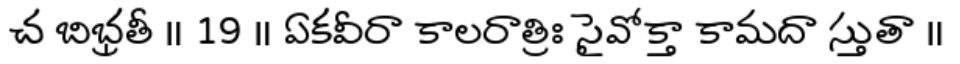
చ బిభ్రతీ ॥ 19 ॥ ఏకవీరా కాలరాత్రిః సైవోక్తా కామదా స్తుతా ॥